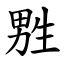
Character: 㽒